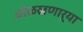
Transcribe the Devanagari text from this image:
ओळखणार्या